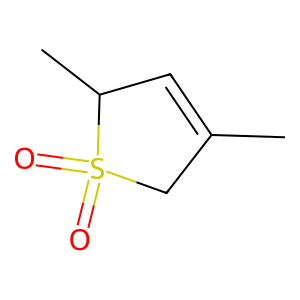
SMILES: CC1=CC(C)S(=O)(=O)C1
Inhibits HIV replication: No